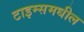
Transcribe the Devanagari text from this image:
टाइम्समधील